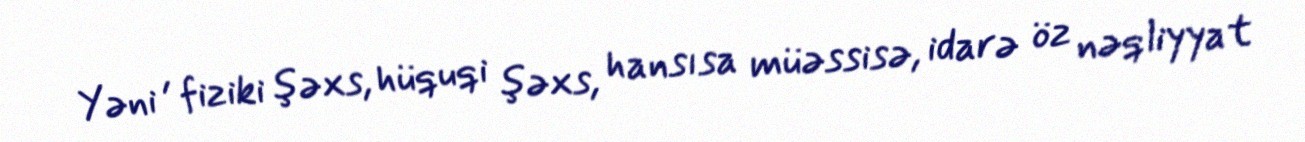
Yəni , fiziki şəxs, hüquqi şəxs, hansısa müəssisə, idarə öz nəqliyyat